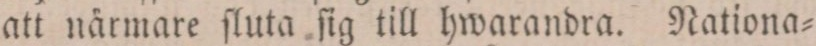
att närmare ſuta ſig till hwarandra. Nationa=